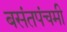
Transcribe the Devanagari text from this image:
बसंतपंचमी